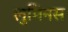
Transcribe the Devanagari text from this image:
लुमिनस